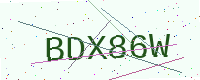
Text: BDX86W